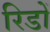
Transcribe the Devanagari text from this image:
रिडों